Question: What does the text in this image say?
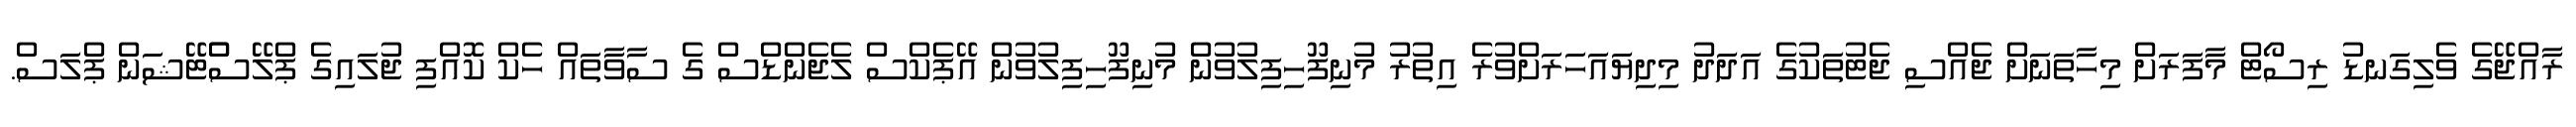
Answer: ރާއްޖޭގެ ވެލިގަނޑު ރިސޯޓް މާފަރަށް މިހާތަނަށް ޖެއްސި ޖެޓުތަކުގެ އަދަދު މިދިޔައަހަރަށްވުރެ އިތުރު މުނިފޫހިފިލުވުން މުނިފޫހިފިލުވުން އޭޕެކްސް ލެޖެންޑްސް ގެ ސާވާތައް ހެކް ކޮއްފި ޖުލައިގެ ޕްލޭސްްޓޭޝަން ޕްލަސް.